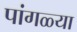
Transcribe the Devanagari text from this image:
पांगळ्या